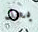
بعد